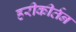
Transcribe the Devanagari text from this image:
हरीकीर्तन